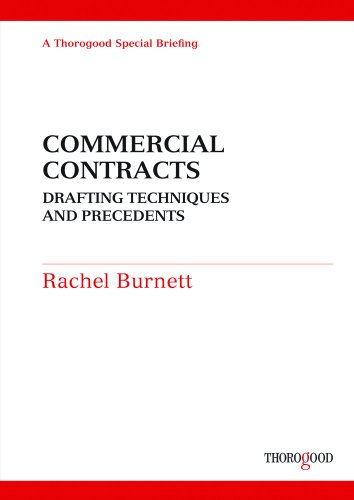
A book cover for Commercial Contracts: Legal Principles and Drafting Techniques (Thorogood Reports); Rachel Burnett; Business & Money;